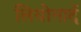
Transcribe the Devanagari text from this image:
लियोनार्द